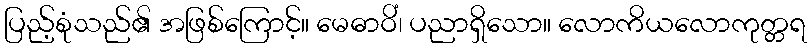
ပြည့်စုံသည်၏ အဖြစ်ကြောင့်။ မေဓာဝိံ၊ ပညာရှိသော။ လောကိယလောကုတ္တရ